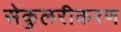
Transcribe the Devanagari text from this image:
सेकुलरीकरण